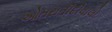
ઓતરાતીદીવાલો